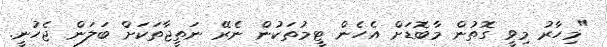
"މިހާރު މިވީ ގޮތުން މާބޮޑަށް އެހެން ޓީމުތަކުން ނެރޭ ނަތީޖާތަކަށް ބަލަން ޖެހުނީ.